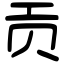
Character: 贡